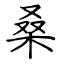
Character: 桑